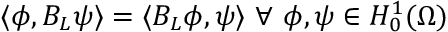
\langle \phi , B _ { L } \psi \rangle = \langle B _ { L } \phi , \psi \rangle \ \forall \ \phi , \psi \in H _ { 0 } ^ { 1 } ( \Omega )